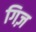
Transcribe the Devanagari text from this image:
गिज़